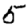
Digit: 5